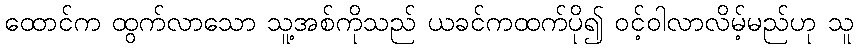
ထောင်က ထွက်လာသော သူ့အစ်ကိုသည် ယခင်ကထက်ပို၍ ဝင့်ဝါလာလိမ့်မည်ဟု သူ